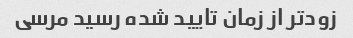
زودتر از زمان تایید شده رسید مرسی